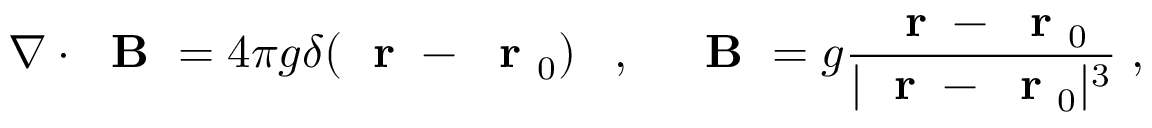
\nabla \cdot \mathrm { ~ \bf ~ B ~ } = 4 \pi g \delta ( \mathrm { ~ \bf ~ r ~ } - \mathrm { ~ \bf ~ r ~ } _ { 0 } ) \; \; \; , \; \; \; \mathrm { ~ \bf ~ B ~ } = g \frac { \mathrm { ~ \bf ~ r ~ } - \mathrm { ~ \bf ~ r ~ } _ { 0 } } { | \mathrm { ~ \bf ~ r ~ } - \mathrm { ~ \bf ~ r ~ } _ { 0 } | ^ { 3 } } \; ,